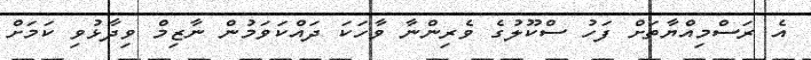
އެ ރަސްމިއްޔާތަށް ފަހު ސްކޫލުގެ ވެރިންނާ ވާހަކަ ދައްކަވަމުން ނާޒިމް ވިދާޅުވި ކަމަށް